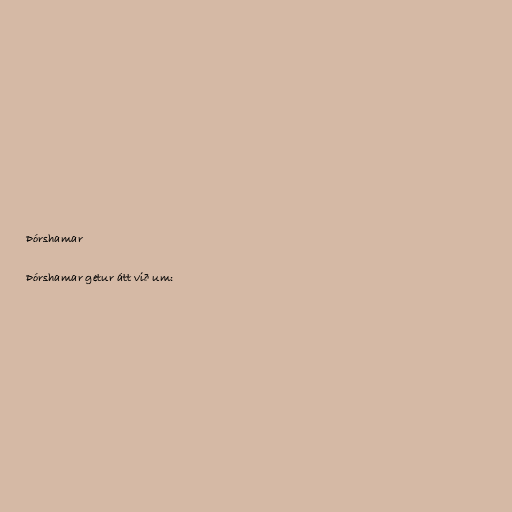
Þórshamar

Þórshamar getur átt við um: